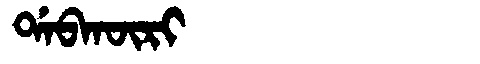
Manchu: ᡩᠠᠪᡴᡡᡵᡳ
Romanization: DABKŪRI